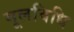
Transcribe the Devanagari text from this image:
मूलविधि